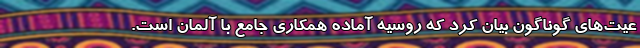
عیت‌های گوناگون بیان کرد که روسیه آماده همکاری جامع با آلمان است.